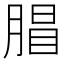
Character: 𣎇